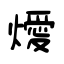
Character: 燰